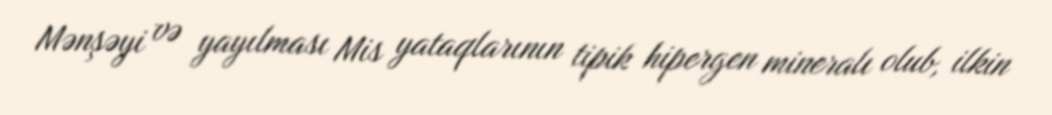
Mənşəyi və yayılması Mis yataqlarının tipik hipergen mineralı olub, ilkin